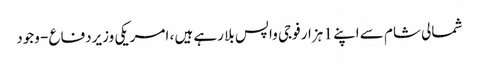
شمالی شام سے اپنے 1 ہزار فوجی واپس بلا رہے ہیں ، امریکی وزیردفاع - وجود